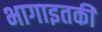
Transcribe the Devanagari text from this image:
भागाइतकी